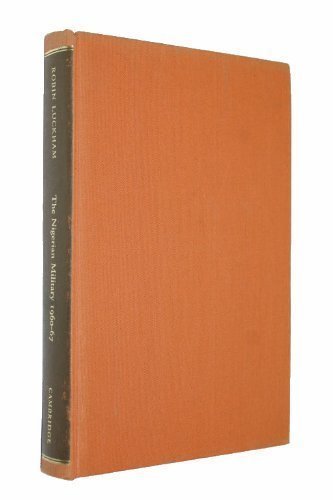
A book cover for The Nigerian Military: A Sociological Analysis of Authority and Revolt 1960-67 (African Studies); Robin Luckham; History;